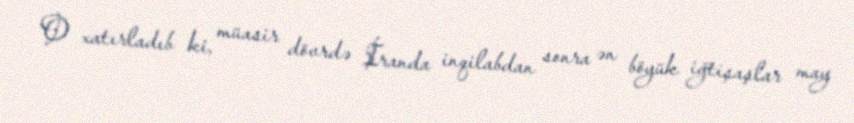
O xatırladıb ki, müasir dövrdə İranda inqilabdan sonra ən böyük iğtişaşlar may